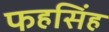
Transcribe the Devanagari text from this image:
फहसिंह